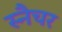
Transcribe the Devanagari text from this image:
स्नैचर